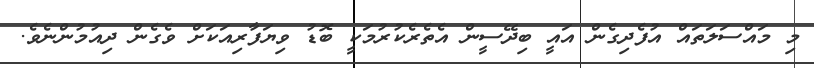
މި މައްސަލަތައް އުފެދިގެން އައީ ބިދޭސީން އެތެރެކުރުމަކީ ބޮޑު ވިޔަފާރިއަކަށް ވެގެން ދިއުމުންނެވެ.